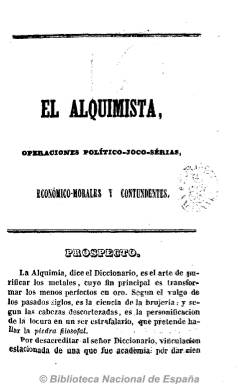
Título: El Alquimista (Madrid)
Colección: Periódicos anteriores a 1850
Ámbito geográfico: Madrid
Lugar de publicación: Madrid
Fechas: 04/06/1842-24/08/1842

Publicación semanal que lleva como subtítulo: "operaciones político-joco-serias, económico-morales y contundentes", que facilita identificar la tendencia con la que fue editado. Tuvo una corta vida pues tan solo publicó 16 números, llamados operaciones, entre el 4 de junio y 24 de agosto de 1842, que estuvieron precedidos por un número de presentación llamado prospecto, de 7 páginas, sin fecha, anunciando la aparición y las intenciones del periódico. Todos los números van firmados con el pseudónimo El Marqués de la Redoma, personaje probablemente extraído de alguna de las obras de Antonio Enríquez Gómez (1600-1663).

Esta publicación continuó con el título: "El Crisol: periódico satírico joco-serio, político-moral-económico".